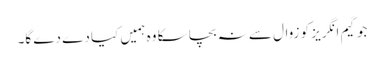
جو گیم انگریز کو زوال سے نہ بچا سکا وہ ہمیں کیا دے دے گا۔